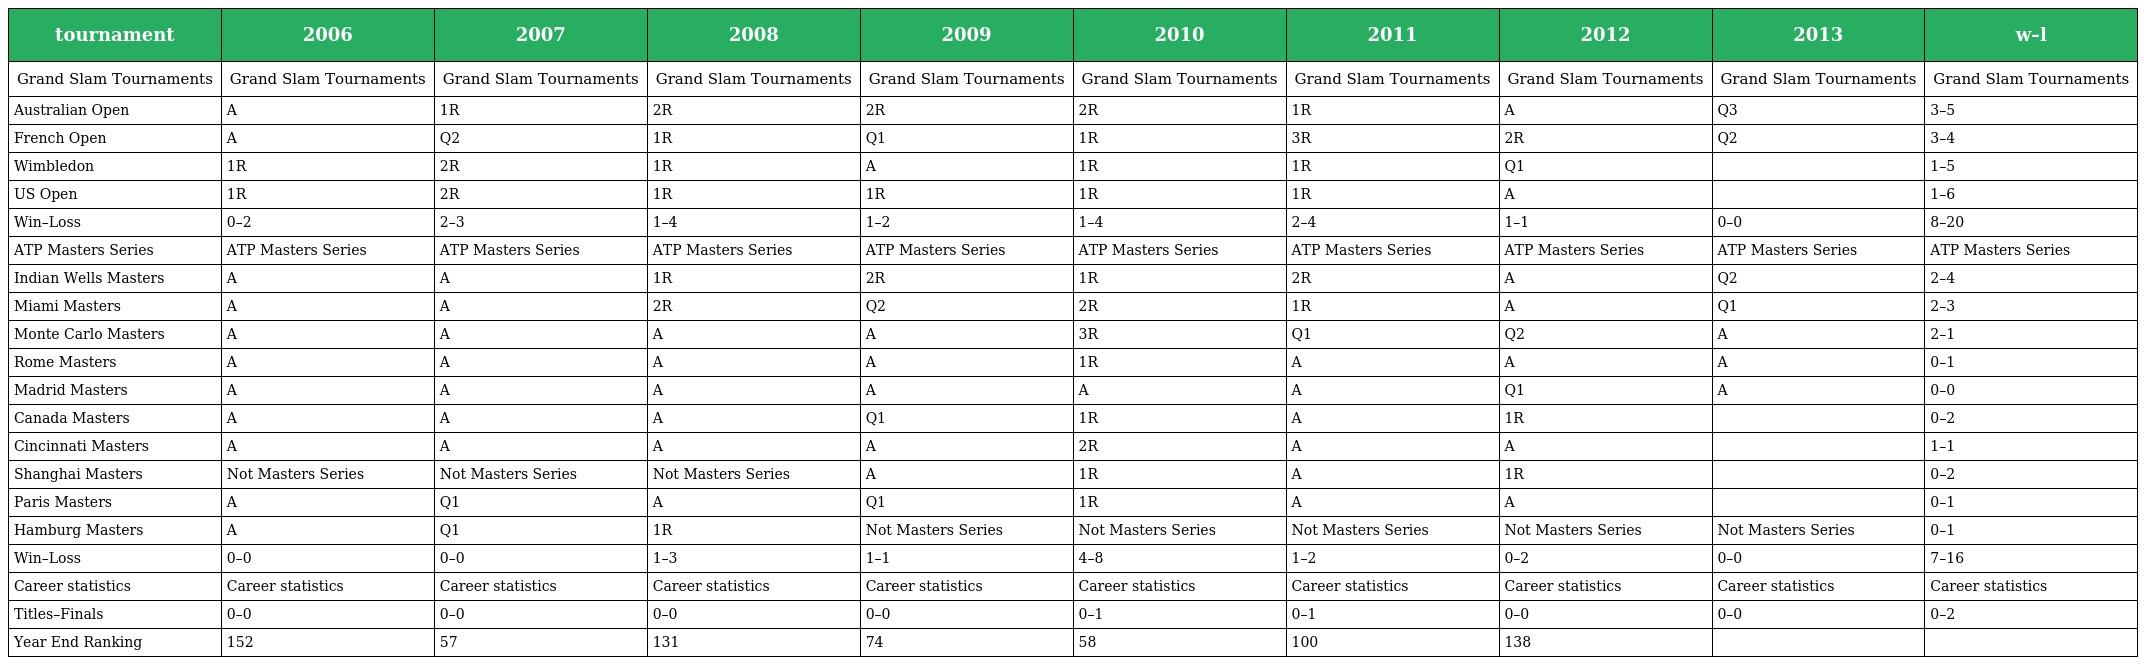
| tournament | 2006 | 2007 | 2008 | 2009 | 2010 | 2011 | 2012 | 2013 | w–l |
 | --- | --- | --- | --- | --- | --- | --- | --- | --- | --- |
 | Grand Slam Tournaments | Grand Slam Tournaments | Grand Slam Tournaments | Grand Slam Tournaments | Grand Slam Tournaments | Grand Slam Tournaments | Grand Slam Tournaments | Grand Slam Tournaments | Grand Slam Tournaments | Grand Slam Tournaments |
 | Australian Open | A | 1R | 2R | 2R | 2R | 1R | A | Q3 | 3–5 |
 | French Open | A | Q2 | 1R | Q1 | 1R | 3R | 2R | Q2 | 3–4 |
 | Wimbledon | 1R | 2R | 1R | A | 1R | 1R | Q1 |  | 1–5 |
 | US Open | 1R | 2R | 1R | 1R | 1R | 1R | A |  | 1–6 |
 | Win–Loss | 0–2 | 2–3 | 1–4 | 1–2 | 1–4 | 2–4 | 1–1 | 0–0 | 8–20 |
 | ATP Masters Series | ATP Masters Series | ATP Masters Series | ATP Masters Series | ATP Masters Series | ATP Masters Series | ATP Masters Series | ATP Masters Series | ATP Masters Series | ATP Masters Series |
 | Indian Wells Masters | A | A | 1R | 2R | 1R | 2R | A | Q2 | 2–4 |
 | Miami Masters | A | A | 2R | Q2 | 2R | 1R | A | Q1 | 2–3 |
 | Monte Carlo Masters | A | A | A | A | 3R | Q1 | Q2 | A | 2–1 |
 | Rome Masters | A | A | A | A | 1R | A | A | A | 0–1 |
 | Madrid Masters | A | A | A | A | A | A | Q1 | A | 0–0 |
 | Canada Masters | A | A | A | Q1 | 1R | A | 1R |  | 0–2 |
 | Cincinnati Masters | A | A | A | A | 2R | A | A |  | 1–1 |
 | Shanghai Masters | Not Masters Series | Not Masters Series | Not Masters Series | A | 1R | A | 1R |  | 0–2 |
 | Paris Masters | A | Q1 | A | Q1 | 1R | A | A |  | 0–1 |
 | Hamburg Masters | A | Q1 | 1R | Not Masters Series | Not Masters Series | Not Masters Series | Not Masters Series | Not Masters Series | 0–1 |
 | Win–Loss | 0–0 | 0–0 | 1–3 | 1–1 | 4–8 | 1–2 | 0–2 | 0–0 | 7–16 |
 | Career statistics | Career statistics | Career statistics | Career statistics | Career statistics | Career statistics | Career statistics | Career statistics | Career statistics | Career statistics |
 | Titles–Finals | 0–0 | 0–0 | 0–0 | 0–0 | 0–1 | 0–1 | 0–0 | 0–0 | 0–2 |
 | Year End Ranking | 152 | 57 | 131 | 74 | 58 | 100 | 138 |  |  |